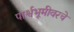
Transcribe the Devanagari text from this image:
पार्श्वभूमीवरचे